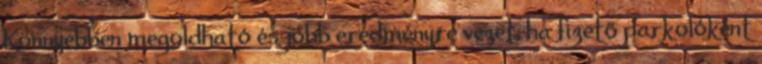
Könnyebben megoldható és jobb eredményre vezet, ha fizető parkolóként